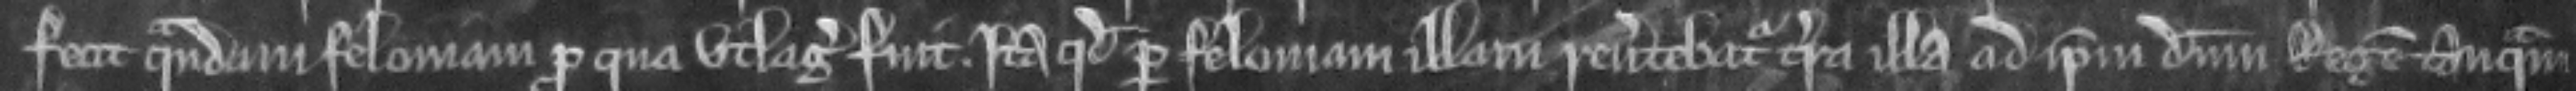
fecit quandam feloniam pro qua vtlagatus fuit. Ita quod per feloniam illam reuertebatur terra illa ad ipsum dominum Regem tanquam